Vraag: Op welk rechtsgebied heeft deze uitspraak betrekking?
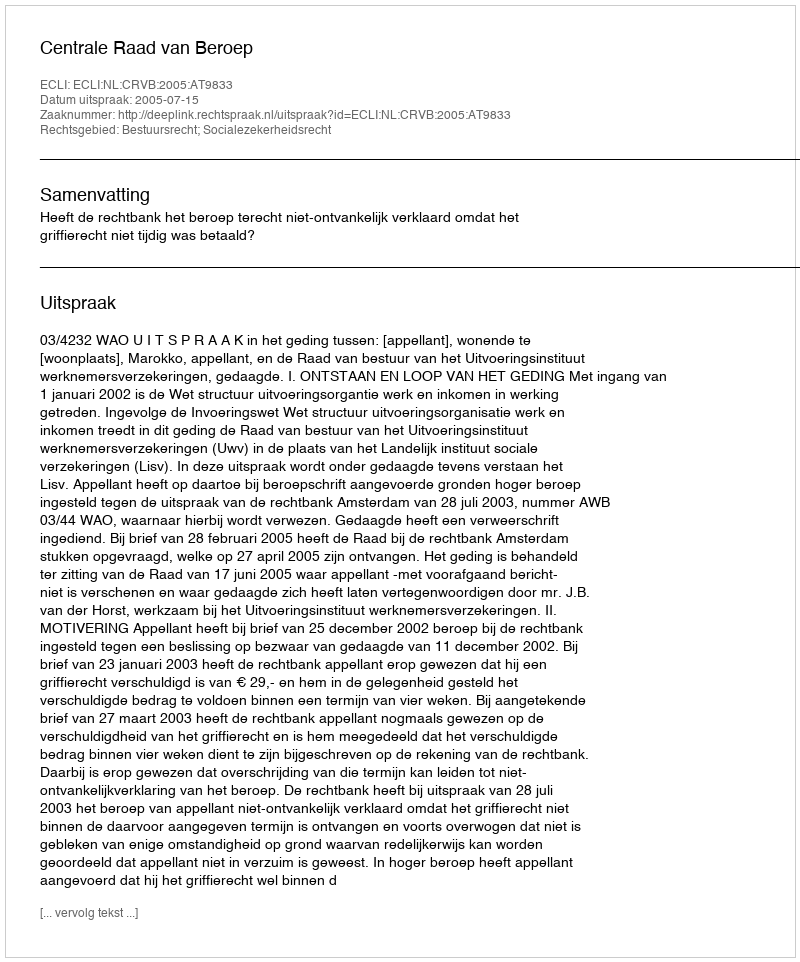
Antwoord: Bestuursrecht; Socialezekerheidsrecht